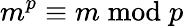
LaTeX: m^{p}\equiv m{\bmod{p}}